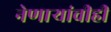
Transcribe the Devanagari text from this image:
नेणाऱ्यांचीही